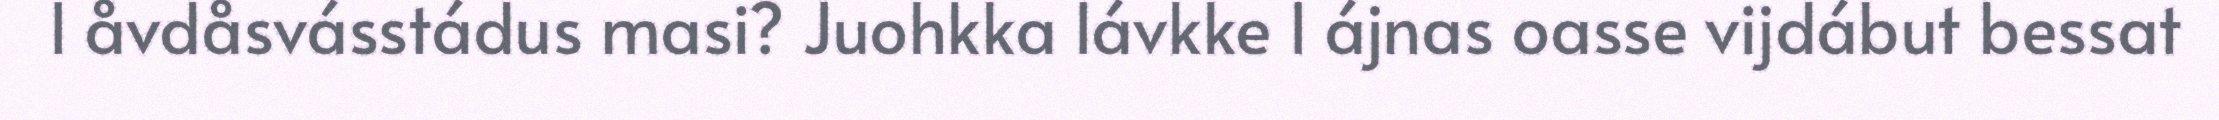
l åvdåsvásstádus masi? Juohkka lávkke l ájnas oasse vijdábut bessat